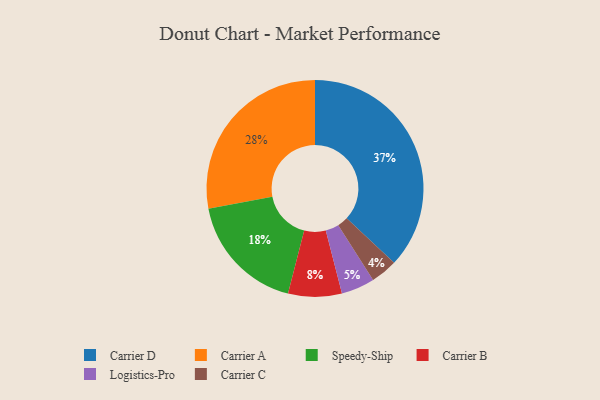
{"axis": {"x": "Category", "y": "Percentage"}, "legend": ["Carrier A", "Carrier B", "Carrier C", "Carrier D", "Logistics-Pro", "Speedy-Ship"], "data": [{"x": "Logistics-Pro", "y": 5, "type": "Logistics-Pro"}, {"x": "Carrier A", "y": 28, "type": "Carrier A"}, {"x": "Carrier C", "y": 4, "type": "Carrier C"}, {"x": "Carrier B", "y": 8, "type": "Carrier B"}, {"x": "Carrier D", "y": 37, "type": "Carrier D"}, {"x": "Speedy-Ship", "y": 18, "type": "Speedy-Ship"}]}